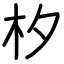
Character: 𣏐